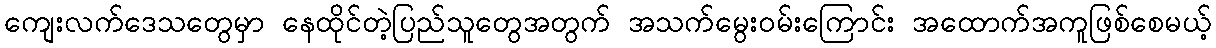
ကျေးလက်ဒေသတွေမှာ နေထိုင်တဲ့ပြည်သူတွေအတွက် အသက်မွေးဝမ်းကြောင်း အထောက်အကူဖြစ်စေမယ့်